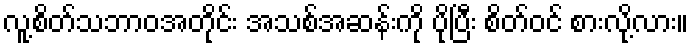
လူ့စိတ်သဘာဝအတိုင်း အသစ်အဆန်းကို ပိုပြီး စိတ်ဝင် စားလို့လား။